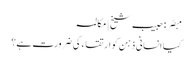
مبصّر: حبیب شیخ | مکالمہ
کیا انسانی ذہن کو ارتقاء کی ضرورت ہے؟